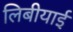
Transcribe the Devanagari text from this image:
लिबीयाई